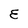
Character: E